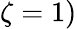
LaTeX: \zeta=1)